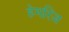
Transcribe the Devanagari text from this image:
हेमरिज